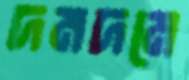
দমদমে